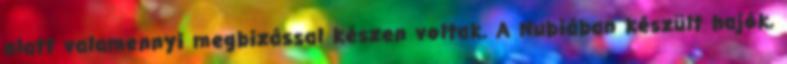
alatt valamennyi megbizással készen voltak. A Nubiában készült hajók,